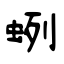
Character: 蛚